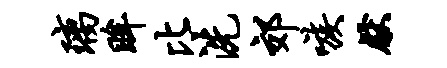
璃眸比洗郊嗾献